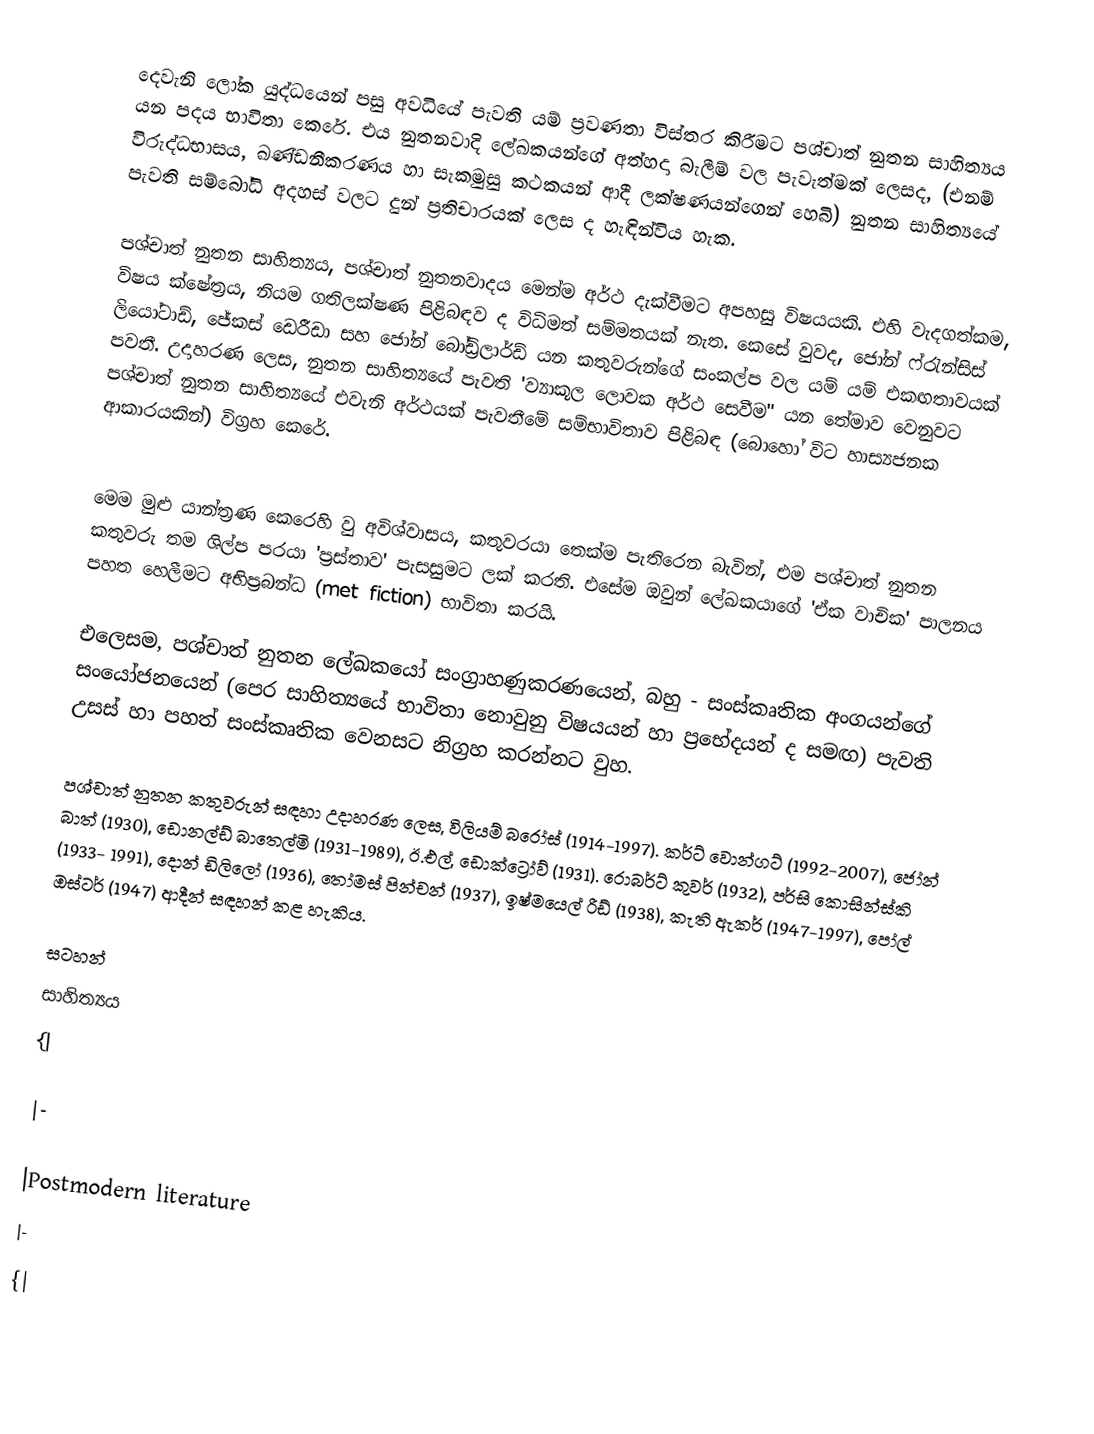
දෙවැනි ලෝක යුද්ධයෙන් පසු අවධියේ පැවති යම් ප්‍රවණතා විස්තර කිරීමට පශ්චාත් නුතන සාහිත්‍යය යන පදය භාවිතා කෙරේ. එය නුතනවාදි ලේඛකයන්ගේ අත්හදා බැලීම් වල පැවැත්මක් ලෙසද, (එනම් විරුද්ධභාසය, ඛණ්ඩනීකරණය හා සැකමුසු කථකයන් ආදී ලක්ෂණයන්ගෙන් හෙබි) නුතන සාහිත්‍යයේ පැවති සම්බෝධි අදහස් වලට දුන් ප්‍රතිචාරයක් ලෙස ද හැඳින්විය හැක.

පශ්චාත් නුතන සාහිත්‍යය, පශ්චාත් නුතනවාදය මෙන්ම අර්ථ දැක්වීමට අපහසු විෂයයකි. එහි වැදගත්කම, විෂය ක්ෂේත්‍රය, නියම ගතිලක්ෂණ පිළිබඳව ද විධිමත් සම්මතයක් නැත. කෙසේ වුවද, ජෝන් ෆ්රැන්සිස් ලියෝටාඩ්, ජේකස් ඩෙරීඩා සහ ජෝන් බෝඩ්‍රිලාර්ඩ් යන කතුවරුන්ගේ සංකල්ප වල යම් යම් එකඟතාවයක් පවතී. උ‍දාහරණ ලෙස, නුතන සාහිත්‍යයේ පැවති 'ව්‍යාකූල ලොවක අර්ථ සෙවීම" යන තේමාව වෙනුවට පශ්චාත් නුතන සාහිත්‍යයේ එවැනි අර්ථයක් පැවතීමේ සම්භාවිතාව පිළිබඳ  (බොහෝ විට හාස්‍යජනක ආකාරයකින්) විග්‍රහ කෙරේ.

මෙම මුළු යාන්ත්‍රණ කෙරෙහි වු අවිශ්වාසය, කතුවරයා තෙක්ම පැතිරෙන බැවින්, එම පශ්චාත් නුතන කතුවරු තම ශිල්ප පරයා 'ප්‍රස්තාව' පැසසුමට ලක් කරති. එසේම ඔවුන් ලේඛකයාගේ 'ඒක වාචික' පාලනය පහත හෙලීමට අභිප්‍රබන්ධ  (met fiction) භාවිතා කරයි.

එලෙසම, පශ්චාත් නුතන ලේඛකයෝ සංග්‍රාහණුකරණයෙන්, බහු - සංස්කෘතික අංගයන්ගේ සංයෝජනයෙන් ‍(පෙර සාහිත්‍යයේ භාවිතා නොවුනු විෂයයන් හා ප්‍රභේදයන් ද සමඟ) පැවති උසස් හා පහත් සංස්කෘතික වෙනසට නිග්‍රහ කරන්නට වුහ.

පශ්චාත් නුතන කතුවරුන් සඳහා උදාහරණ ලෙස, විලියම් බරෝස් (1914-1997). කර්ට් වොන්ගට් (1992-2007), ජෝන් බාත් (1930), ඩොනල්ඩ් බාතෙල්මි (1931-1989), ඊ.එල්, ඩොක්ට්‍රෝව් (1931). රොබර්ට් කුවර් (1932), පර්සි කොසින්ස්කි (1933- 1991), දොන් ඩිලිලෝ (1936), තෝමස් පින්චන් (1937), ඉෂ්මයෙල් රීඩ් (1938), කැති ඇකර් (1947-1997), පෝල් ඔස්ටර් (1947) ආදීන් සඳහන් කළ හැකිය.

සටහන්
සාහිත්‍යය
{|

|-

|Postmodern literature
|-
{|